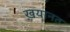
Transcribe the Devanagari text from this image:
ख़यानत